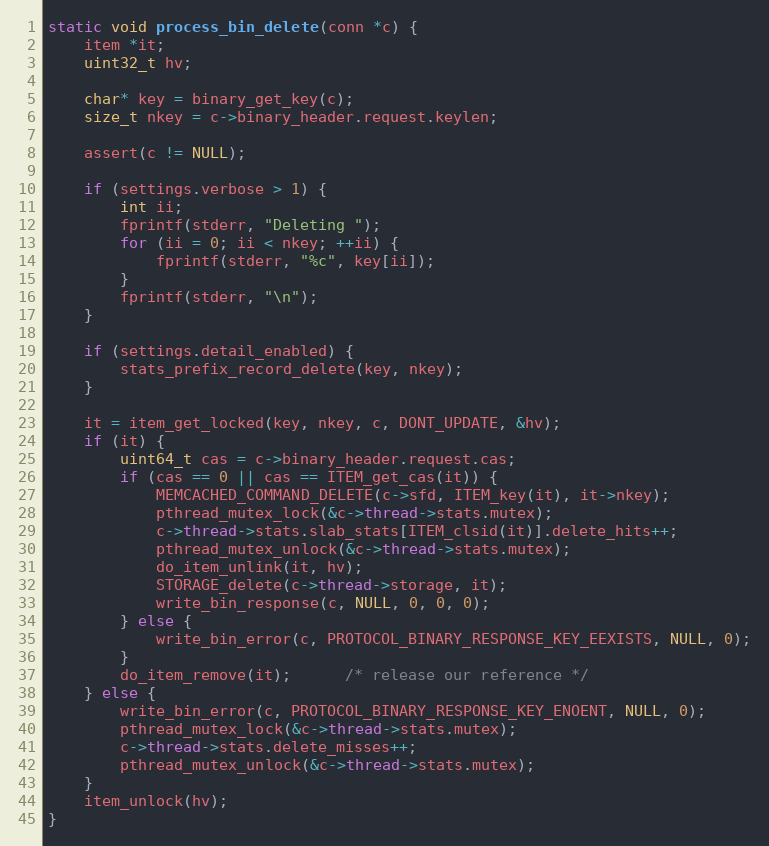
Language: C
static void process_bin_delete(conn *c) {
    item *it;
    uint32_t hv;

    char* key = binary_get_key(c);
    size_t nkey = c->binary_header.request.keylen;

    assert(c != NULL);

    if (settings.verbose > 1) {
        int ii;
        fprintf(stderr, "Deleting ");
        for (ii = 0; ii < nkey; ++ii) {
            fprintf(stderr, "%c", key[ii]);
        }
        fprintf(stderr, "\n");
    }

    if (settings.detail_enabled) {
        stats_prefix_record_delete(key, nkey);
    }

    it = item_get_locked(key, nkey, c, DONT_UPDATE, &hv);
    if (it) {
        uint64_t cas = c->binary_header.request.cas;
        if (cas == 0 || cas == ITEM_get_cas(it)) {
            MEMCACHED_COMMAND_DELETE(c->sfd, ITEM_key(it), it->nkey);
            pthread_mutex_lock(&c->thread->stats.mutex);
            c->thread->stats.slab_stats[ITEM_clsid(it)].delete_hits++;
            pthread_mutex_unlock(&c->thread->stats.mutex);
            do_item_unlink(it, hv);
            STORAGE_delete(c->thread->storage, it);
            write_bin_response(c, NULL, 0, 0, 0);
        } else {
            write_bin_error(c, PROTOCOL_BINARY_RESPONSE_KEY_EEXISTS, NULL, 0);
        }
        do_item_remove(it);      /* release our reference */
    } else {
        write_bin_error(c, PROTOCOL_BINARY_RESPONSE_KEY_ENOENT, NULL, 0);
        pthread_mutex_lock(&c->thread->stats.mutex);
        c->thread->stats.delete_misses++;
        pthread_mutex_unlock(&c->thread->stats.mutex);
    }
    item_unlock(hv);
}